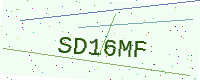
Text: SD16MF